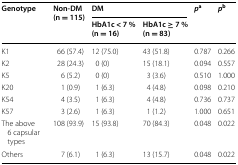
<table><thead><tr><td rowspan="2"><b>Genotype</b></td><td rowspan="2"><b>Non-DM(n = 115)</b></td><td colspan="2"><b>DM</b></td><td rowspan="2"><b><i>p</i><sup>a</sup></b></td><td rowspan="2"><b><i>p</i><sup>b</sup></b></td></tr><tr><td><b>HbA1c &lt; 7 %(n = 16)</b></td><td><b>HbA1c ≥ 7 %(n = 83)</b></td></tr></thead><tbody><tr><td>K1</td><td>66 (57.4)</td><td>12 (75.0)</td><td>43 (51.8)</td><td>0.787</td><td>0.266</td></tr><tr><td>K2</td><td>28 (24.3)</td><td>0 (0)</td><td>15 (18.1)</td><td>0.094</td><td>0.557</td></tr><tr><td>K5</td><td>6 (5.2)</td><td>0 (0)</td><td>3 (3.6)</td><td>0.510</td><td>1.000</td></tr><tr><td>K20</td><td>1 (0.9)</td><td>1 (6.3)</td><td>4 (4.8)</td><td>0.098</td><td>0.210</td></tr><tr><td>K54</td><td>4 (3.5)</td><td>1 (6.3)</td><td>4 (4.8)</td><td>0.736</td><td>0.737</td></tr><tr><td>K57</td><td>3 (2.6)</td><td>1 (6.3)</td><td>1 (1.2)</td><td>1.000</td><td>0.651</td></tr><tr><td>The above 6 capsular types</td><td>108 (93.9)</td><td>15 (93.8)</td><td>70 (84.3)</td><td>0.048</td><td>0.022</td></tr><tr><td>Others</td><td>7 (6.1)</td><td>1 (6.3)</td><td>13 (15.7)</td><td>0.048</td><td>0.022</td></tr></tbody></table>